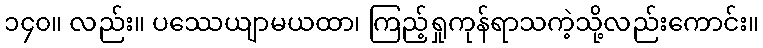
၁၄၀။ လည်း။ ပဿေယျာမယထာ၊ ကြည့်ရှုကုန်ရာသကဲ့သို့လည်းကောင်း။